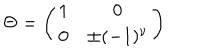
LaTeX: \Theta = \left( \begin{array} { c c } { { 1 } } & { { 0 } } \\ { { 0 } } & { { \pm ( - 1 ) ^ { \nu } } } \\ \end{array} \right)